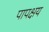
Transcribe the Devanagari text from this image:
पापक्षय